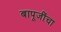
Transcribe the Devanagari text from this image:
बापूजींचा